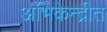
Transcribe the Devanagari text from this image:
अभिकेन्द्रीत